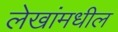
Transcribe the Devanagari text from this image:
लेखांमधील